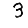
Digit: 3